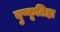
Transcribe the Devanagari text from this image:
दुष्कृतिहा